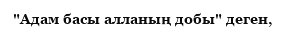
"Адам басы алланың добы" деген,